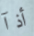
أذآ